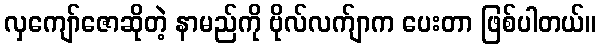
လှကျော်ဇောဆိုတဲ့ နာမည်ကို ဗိုလ်လက်ျာက ပေးတာ ဖြစ်ပါတယ်။